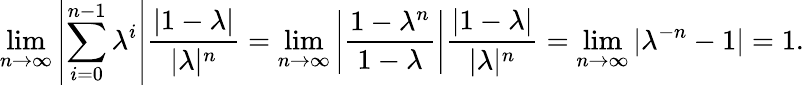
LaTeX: \operatorname*{lim}_{n\to\infty}\left|\sum_{i=0}^{n-1}\lambda^{i}\right|\frac{|1-\lambda|}{|\lambda|^{n}}=\operatorname*{lim}_{n\to\infty}\left|\frac{1-\lambda^{n}}{1-\lambda}\right|\frac{|1-\lambda|}{|\lambda|^{n}}=\operatorname*{lim}_{n\to\infty}|\lambda^{-n}-1|=1.